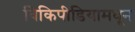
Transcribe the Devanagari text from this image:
विकिपीडियामधून